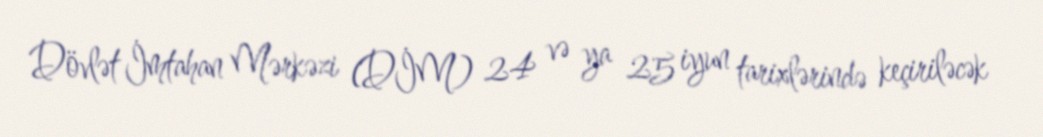
Dövlət İmtahan Mərkəzi (DİM) 24 və ya 25 iyun tarixlərində keçiriləcək